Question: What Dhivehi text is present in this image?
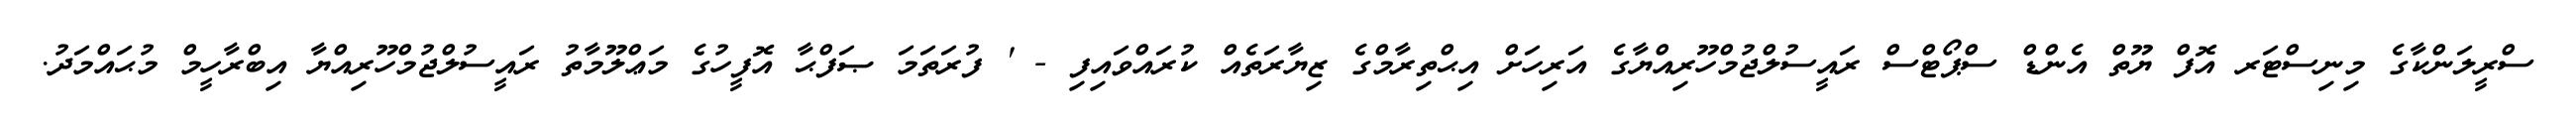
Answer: ސްރީލަންކާގެ މިނިސްޓަރ އޮފް ޔޫތް އެންޑް ސްޕޯޓްސް ރައީސުލްޖުމްހޫރިއްޔާގެ އަރިހަށް އިޙްތިރާމްގެ ޒިޔާރަތެއް ކުރައްވައިފި - ' ފުރަތަމަ ޞަފްޙާ އޮފީހުގެ މަޢްލޫމާތު ރައީސުލްޖުމްހޫރިއްޔާ އިބްރާހީމް މުޙައްމަދު.